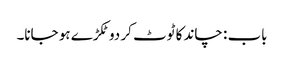
باب : چاند کا ٹوٹ کر دو ٹکڑے ہو جانا۔